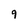
Character: 9